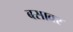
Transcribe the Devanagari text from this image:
बसावर